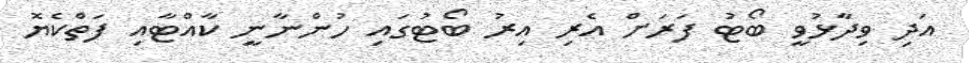
އަދި ވިދާޅުވީ ބޯޓު ފަރަށް އެރި އިރު ބޯޓުގައި ހުންނާނީ ކާއްޓާއި ފަތްކެޔޮ